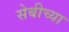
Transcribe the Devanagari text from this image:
सेबीच्या